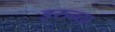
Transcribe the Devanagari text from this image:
इरुन्दा